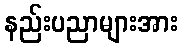
နည်းပညာများအား